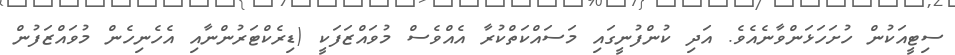
ސިޓީއަކުން ހުށަހަޅަންވާނެއެވެ. އަދި ކުންފުނީގައި މަސައްކަތްކުރާ އެއްވެސް މުވައްޒަފަކީ (ޑިރެކްޓަރުންނާއި އެހެނިހެން މުވައްޒަފުން